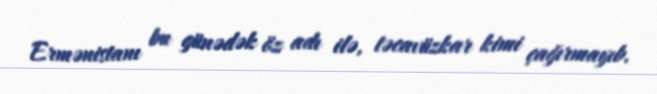
Ermənistanı bu günədək öz adı ilə, təcavüzkar kimi çağırmayıb.